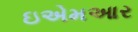
ઇએમઆર